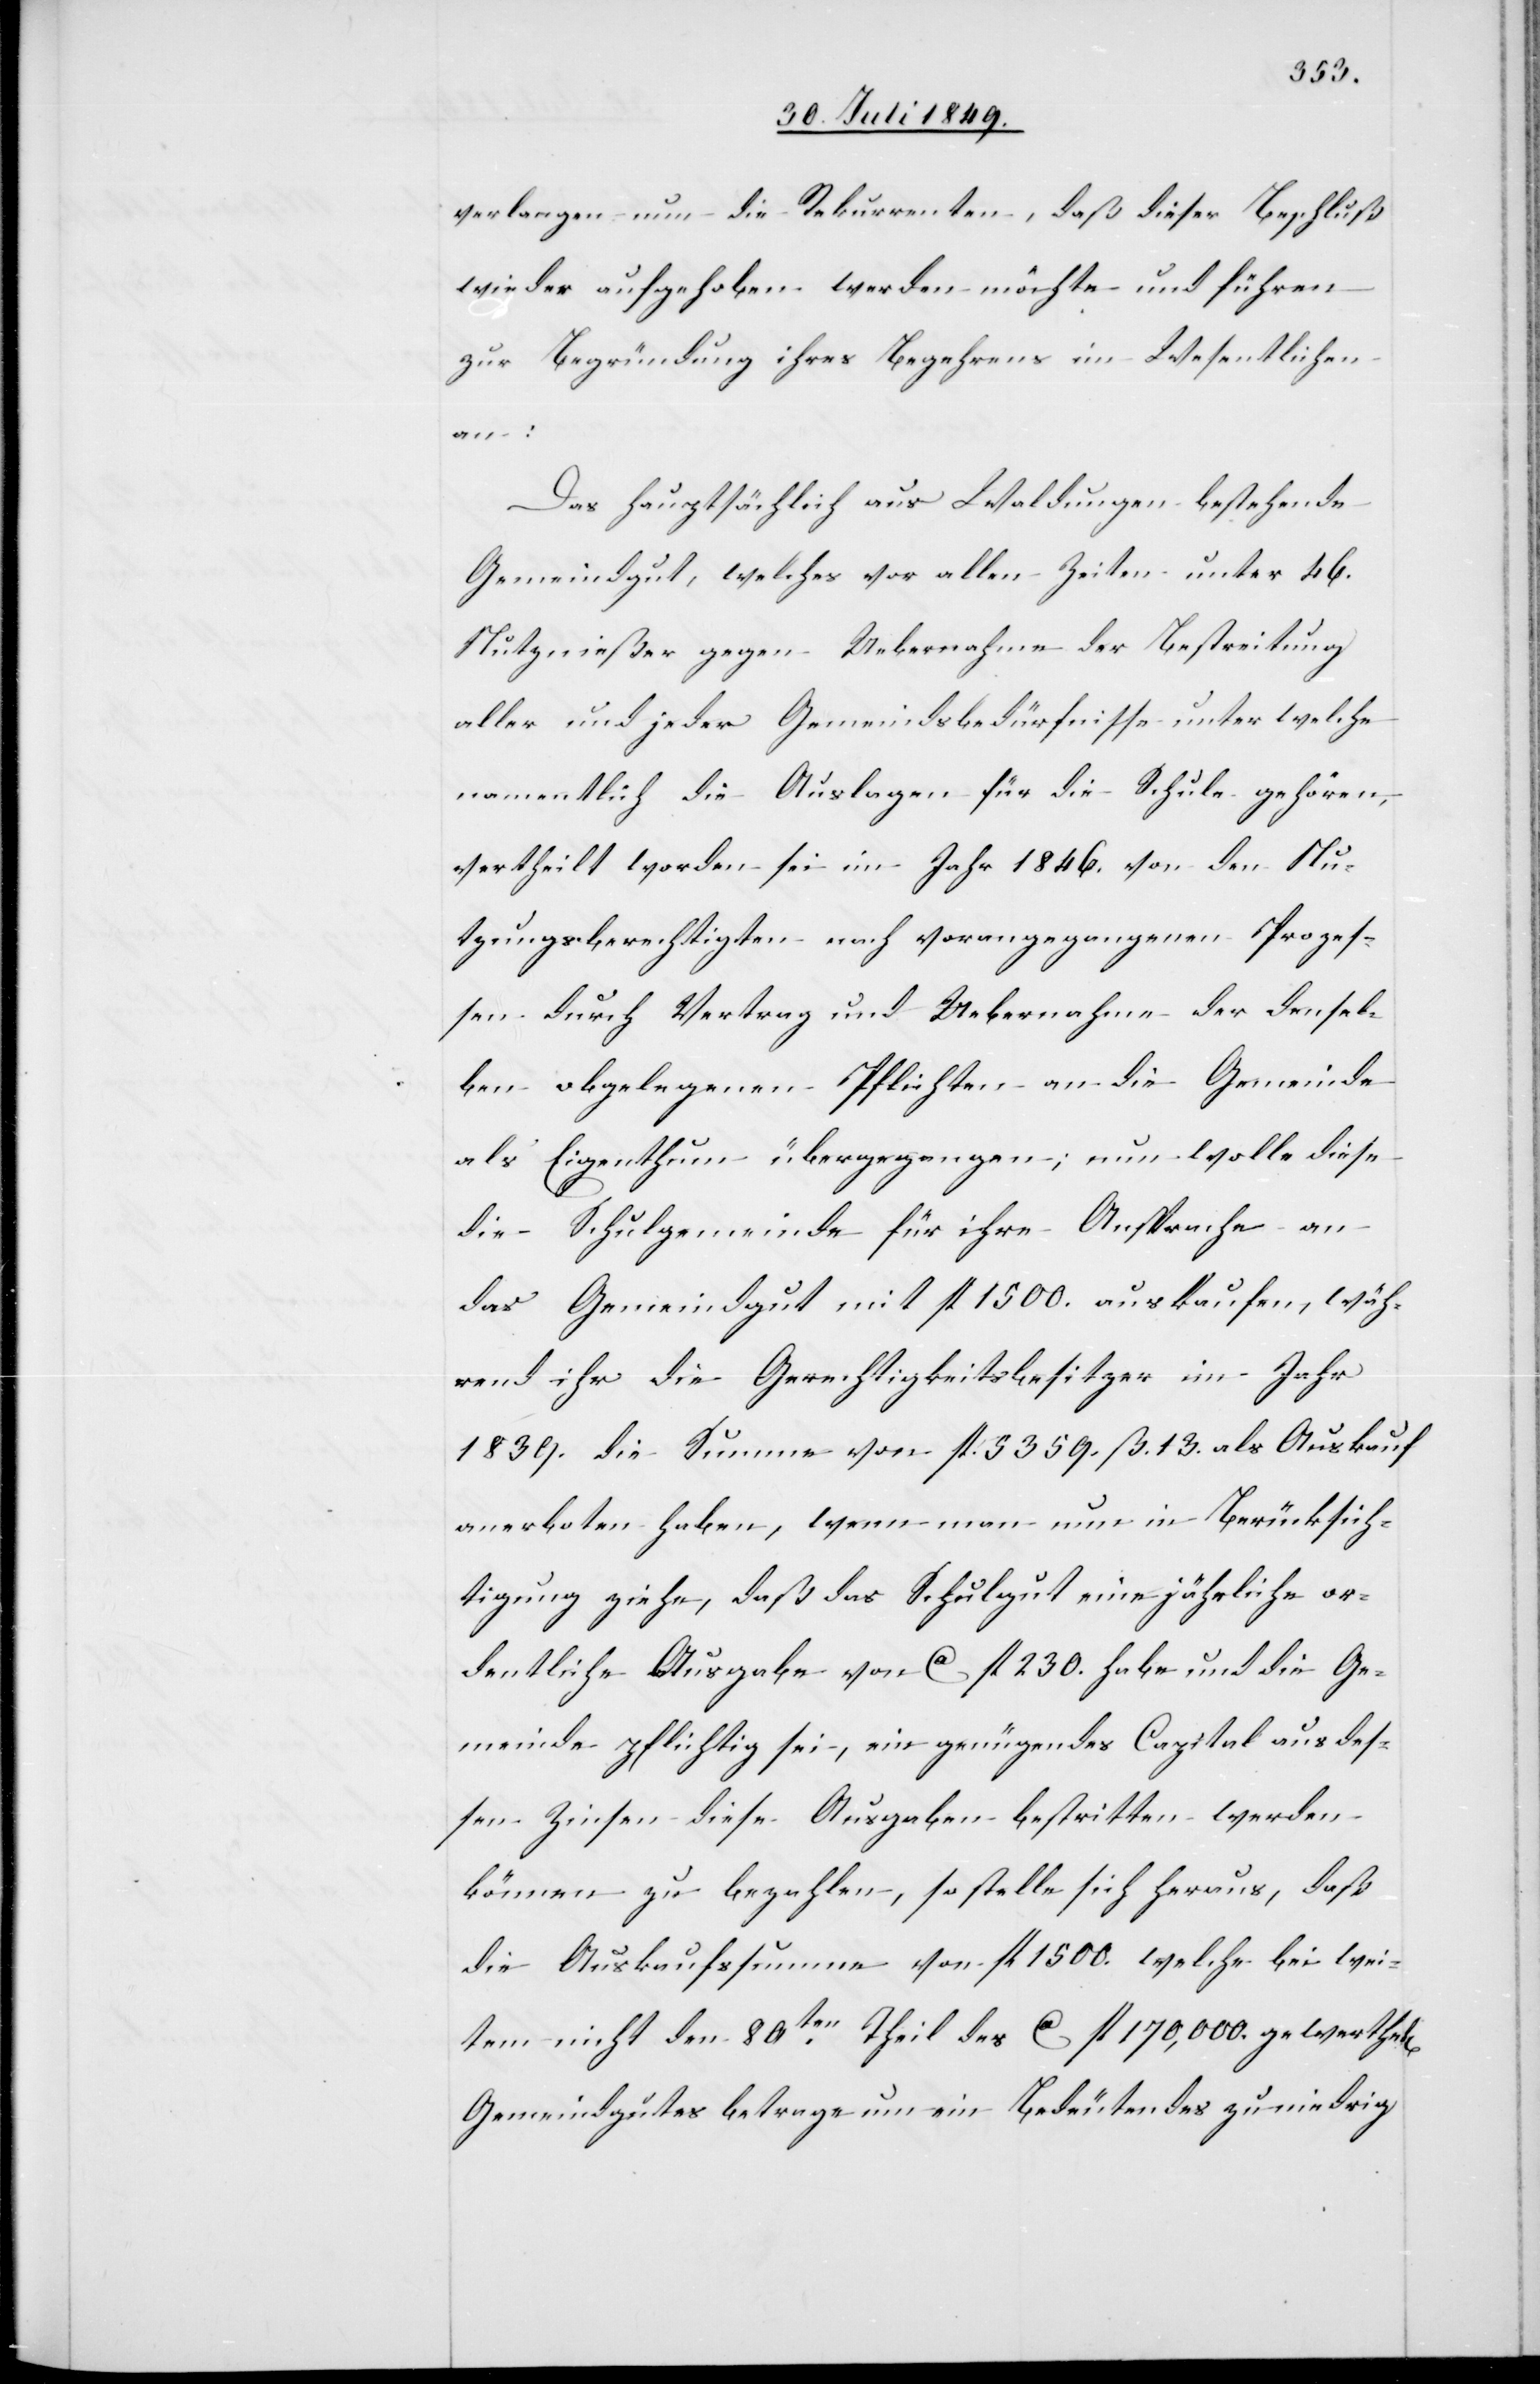
verlangen nun die Rekurrenten, daß dieser Beschluß
wieder aufgehoben werden möchte und führen
zur Begründung ihres Begehrens im Wesentlichen
an:
Das hauptsächlich aus Waldungen bestehende
Gemeindgut, welches vor allen Zeiten unter 46.
Nutznießer gegen Uebernahme der Bestreitung
aller und jeder Gemeindsbedürfnisse unter welche
namentlich die Auslagen für die Schule gehören,
vertheilt worden sei im Jahr 1846. von den Nu¬
tzungsberechtigten nach vorangegangenen Prozes¬
sen durch Vertrag und Uebernahme der densel¬
ben obgelegenen Pflichten an die Gemeinde
als Eigenthum übergegangen, nun wolle diese
die Schulgemeinde für ihre Ansprache an
das Gemeindgut mit fl. 1500. aus kaufen, wäh¬
rend ihr die Gerechtigkeitsbesitzer im Jahr
1839. die Summe von fl. 5359. ß. 13. als Auskauf
anerboten haben, wenn man nun in Berücksich¬
tigung ziehe, daß das Schulgut eine jährliche or¬
dentliche Ausgabe von ca fl. 230. habe und die Ge¬
meinde pflichtig sei, ein genügendes Capitel aus des¬
sen Zinsen diese Ausgaben bestritten werden
können zu bezahlen, so stelle sich heraus, daß
die Auskaufssumme von fl. 1 500. welche bei wei¬
tem nicht den 80ten Theil des ca fl. 170,000. gewerthet[en]
Gemeindgutes betrage nun ein bedeutendes zu niedrig